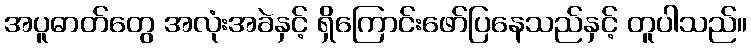
အပူဓာတ်တွေ အလုံးအခဲနှင့် ရှိကြောင်းဖော်ပြနေသည်နှင့် တူပါသည်။